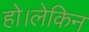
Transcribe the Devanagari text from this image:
हो।लेकिन